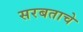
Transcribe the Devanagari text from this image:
सरबताचे